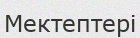
Мектептері